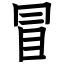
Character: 冒